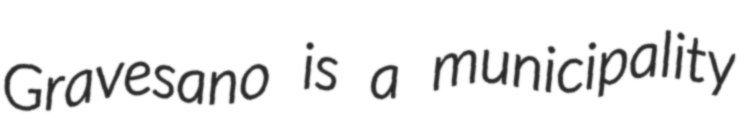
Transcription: Gravesano is a municipality